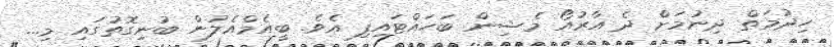
ހިދުމަތް ދިނުމަށް ދެ އާރުއޯ މެޝިން ބަހައްޓައިފި އެވެ. ބީއެމްއެލުން ބުނިގޮތުގައި މި...